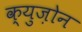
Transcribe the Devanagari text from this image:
क्युज़ोन